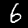
Label: 6